Insane asylums in Bengal annual reports 1867-1875 - 1867-1875
Year: 1867
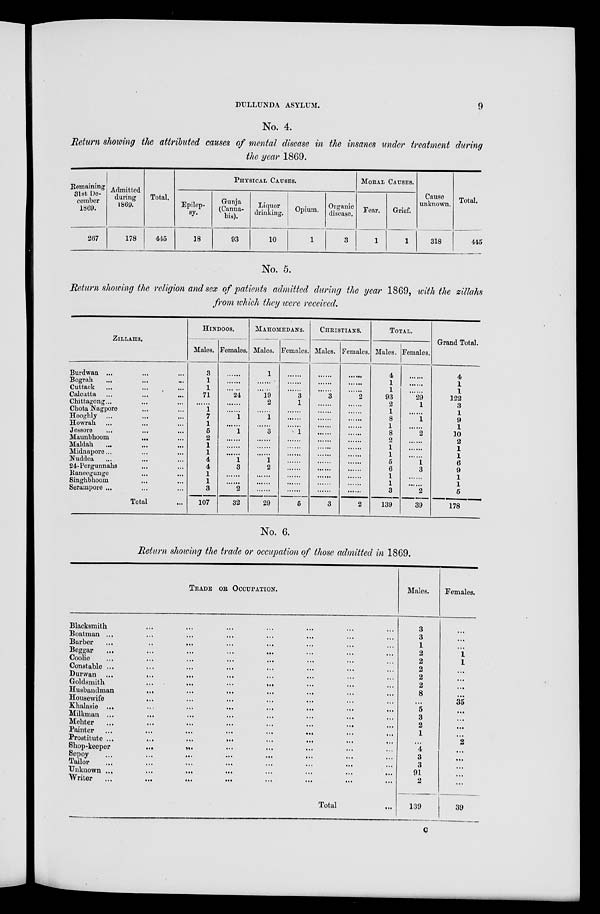
DULLUNDA ASYLUM.
9
No. 4.
Return showing the attributed causes of mental disease in the insanes under treatment during
the year 1869.
Remaining
3lst De-
cember
1869.
267
Admitted
during
1869.
178
Total.
445
PHYSICAL CAUSES.
Epilep-
sy.
18
Gunja
(Canna-
bis).
93
Liquor
drinking.
10
Opium.
1
Organic
disease.
3
MORAL CAUSES.
Fear.
1
Grief.
1
Cause
unknown.
318
Total.
445
No. 5.
Return showing the religion and sex of patients admitted during the year 1869, with the zillahs
from which they were received.
ZILLAHS.
Burdwan ... ... ...
Bograh ... ... ...
Cuttack ... ... ...
Calcutta ... ... ...
Chittagong... ... ...
Chota Nagpore ... ...
Hooghly ... ... ...
Howrah ... ... ...
Jessore ... ... ...
Maunbhoom ... ... ...
Maldah ... ... ...
Midnapore ... ... ...
Nuddea ... ... ...
24-Pergunnahs ... ...
Raneegunge ... ...
Singhbhoom ... ...
Serampote ... ... ...
Total ...
HINDOOS.
Males.
3
1
1
71
......
1
7
1
5
2
1
1
4
4
1
1
3
107
Females.
......
......
......
24
......
......
1
......
1
......
......
......
1
3
......
......
2
32
MAHOMEDANS.
Males.
1
......
......
19
2
......
1
......
3
......
......
......
1
2
......
......
......
29
Females.
......
......
......
3
1
......
......
......
1
......
......
......
......
......
......
......
......
5
CHRISTIANS.
Males.
......
......
......
3
......
......
......
......
......
......
......
......
......
......
......
......
......
3
Females.
......
......
......
2
......
......
......
......
......
......
......
......
......
......
......
......
......
2
TOTAL.
Males.
4
1
1
93
2
1
8
1
8
2
1
1
5
6
1
1
3
139
Females.
......
......
......
29
1
......
1
......
2
......
......
......
1
3
......
......
2
39
Grand Total.
4
1
1
122
3
1
9
1
10
2
1
1
6
9
1
1
5
178
No. 6.
Return showing the trade or occupation of those admitted in 1869.
TRADE OF OCCUPATION.
Blacksmith ... ... ... ... ... ... ...
Boatman ... ... ... ... ... ... ... ...
Barber ... ... ... ... ... ... ... ...
Beggar
...
...
...
...
...
...
...
...
Coolie ... ... ... ... ... ... ... ...
Constable ... ... ... ... ... ... ... ...
Durwan ... ... ... ... ... ... ... ...
Goldsmith ... ... ... ... ... ... ...
Husbandman ... ... ... ... ... ... ...
Housewife ... ... ... ... ... ... ...
Khalasie
...
...
...
...
...
...
...
...
Milkman ... ... ... ... ... ... ... ...
Mehter ... ... ... ... ... ... ... ...
Painter
...
...
...
...
...
...
...
...
Prostitute
....
...
...
...
...
...
...
...
Shop-keeper
...
...
...
...
...
...
Sepoy ... ... ... ... ... ... ... ...
Tailor ... ... ... ... ... ... ... ...
Unknown
....
...
...
...
...
...
...
...
Writer
...
...
...
...
Total ...
Males.
3
3
1
2
2
2
2
2
8
...
5
3
2
1
...
4
3
3
91
2
139
Females.
...
...
...
1
1
...
...
...
...
35
...
...
...
...
2
...
...
...
...
...
39
C